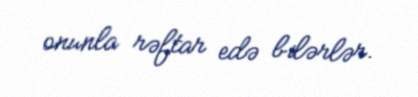
onunla rəftar edə bilərlər.